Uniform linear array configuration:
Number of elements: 16
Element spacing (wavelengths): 1
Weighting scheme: cosine
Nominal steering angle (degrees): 0
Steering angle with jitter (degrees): -0.3624
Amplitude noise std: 0.05
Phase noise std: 0.05

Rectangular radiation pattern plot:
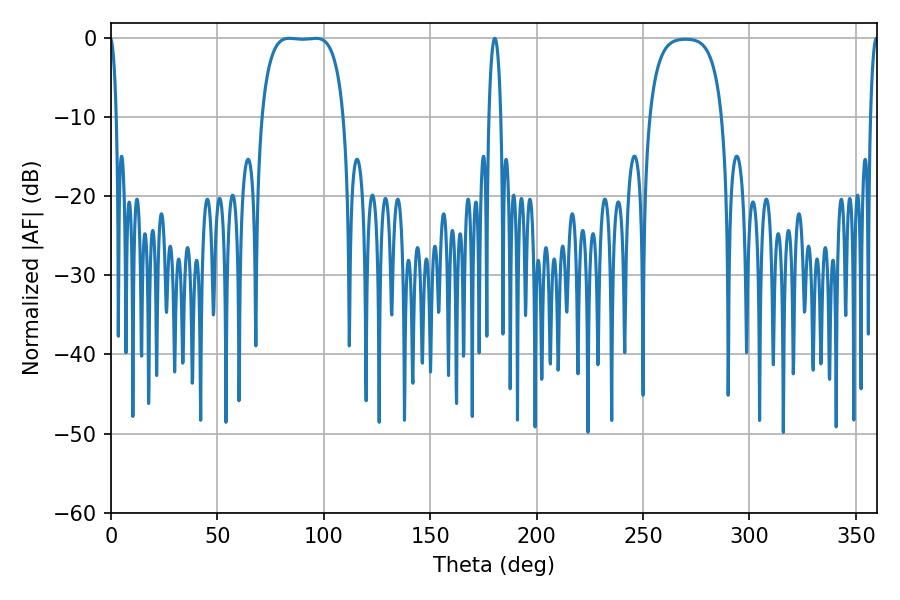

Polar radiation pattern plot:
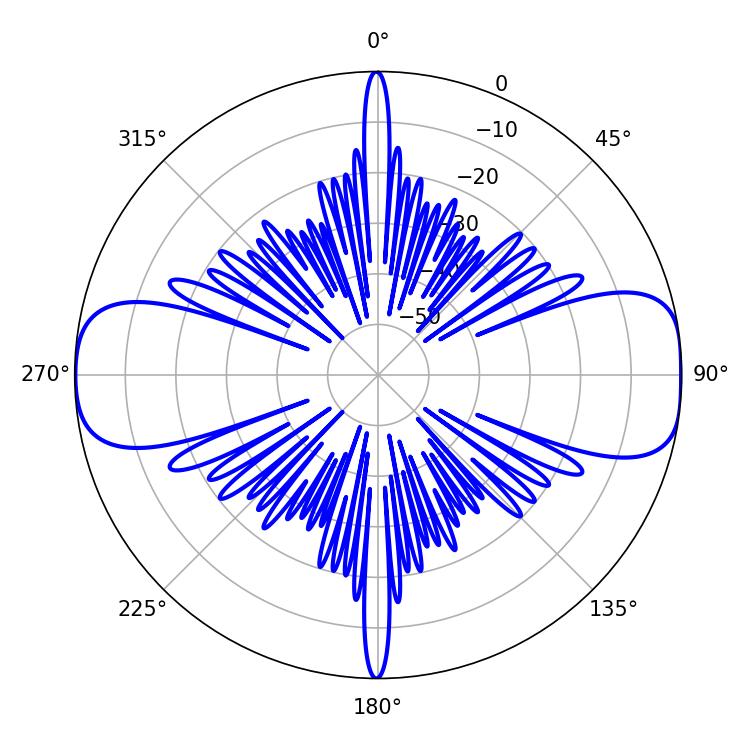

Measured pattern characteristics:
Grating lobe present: TRUE
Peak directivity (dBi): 12.739
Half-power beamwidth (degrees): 30.24
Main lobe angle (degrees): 83.7